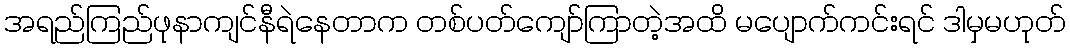
အရည်ကြည်ဖုနာကျင်နီရဲနေတာက တစ်ပတ်ကျော်ကြာတဲ့အထိ မပျောက်ကင်းရင် ဒါမှမဟုတ်